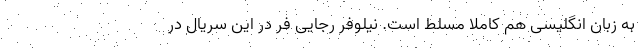
به زبان انگلیسی هم کاملا مسلط است. نیلوفر رجایی فر در این سریال در